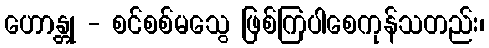
ဟောန္တု - စင်စစ်မသွေ ဖြစ်ကြပါစေကုန်သတည်း၊